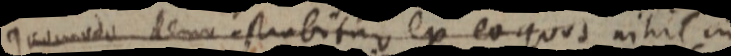
Quomodo demonstrabitur ex eo quod nihil in